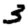
Digit: 3